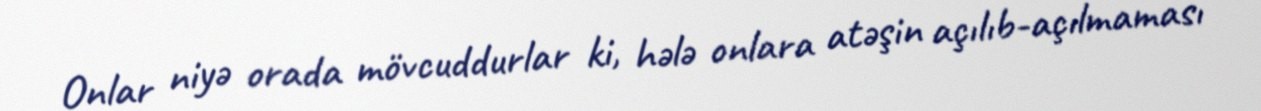
Onlar niyə orada mövcuddurlar ki, hələ onlara atəşin açılıb-açılmaması